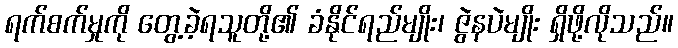
ရက်စက်မှုကို တွေ့ခဲ့ရသူတို့၏ ခံနိုင်ရည်မျိုး၊ ဇွဲနပဲမျိုး ရှိဖို့လိုသည်။